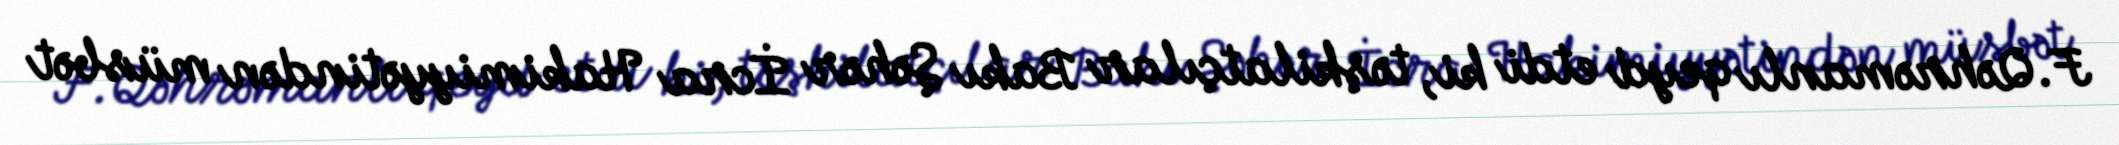
F.Qəhrəmanlı qeyd etdi ki, təşkilatçılar Bakı Şəhər İcra Hakimiyyətindən müsbət